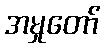
အမှုတော်